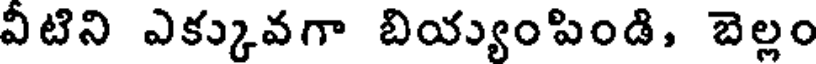
వీటిని ఎక్కువగా బియ్యుంపిండి, బెల్లం